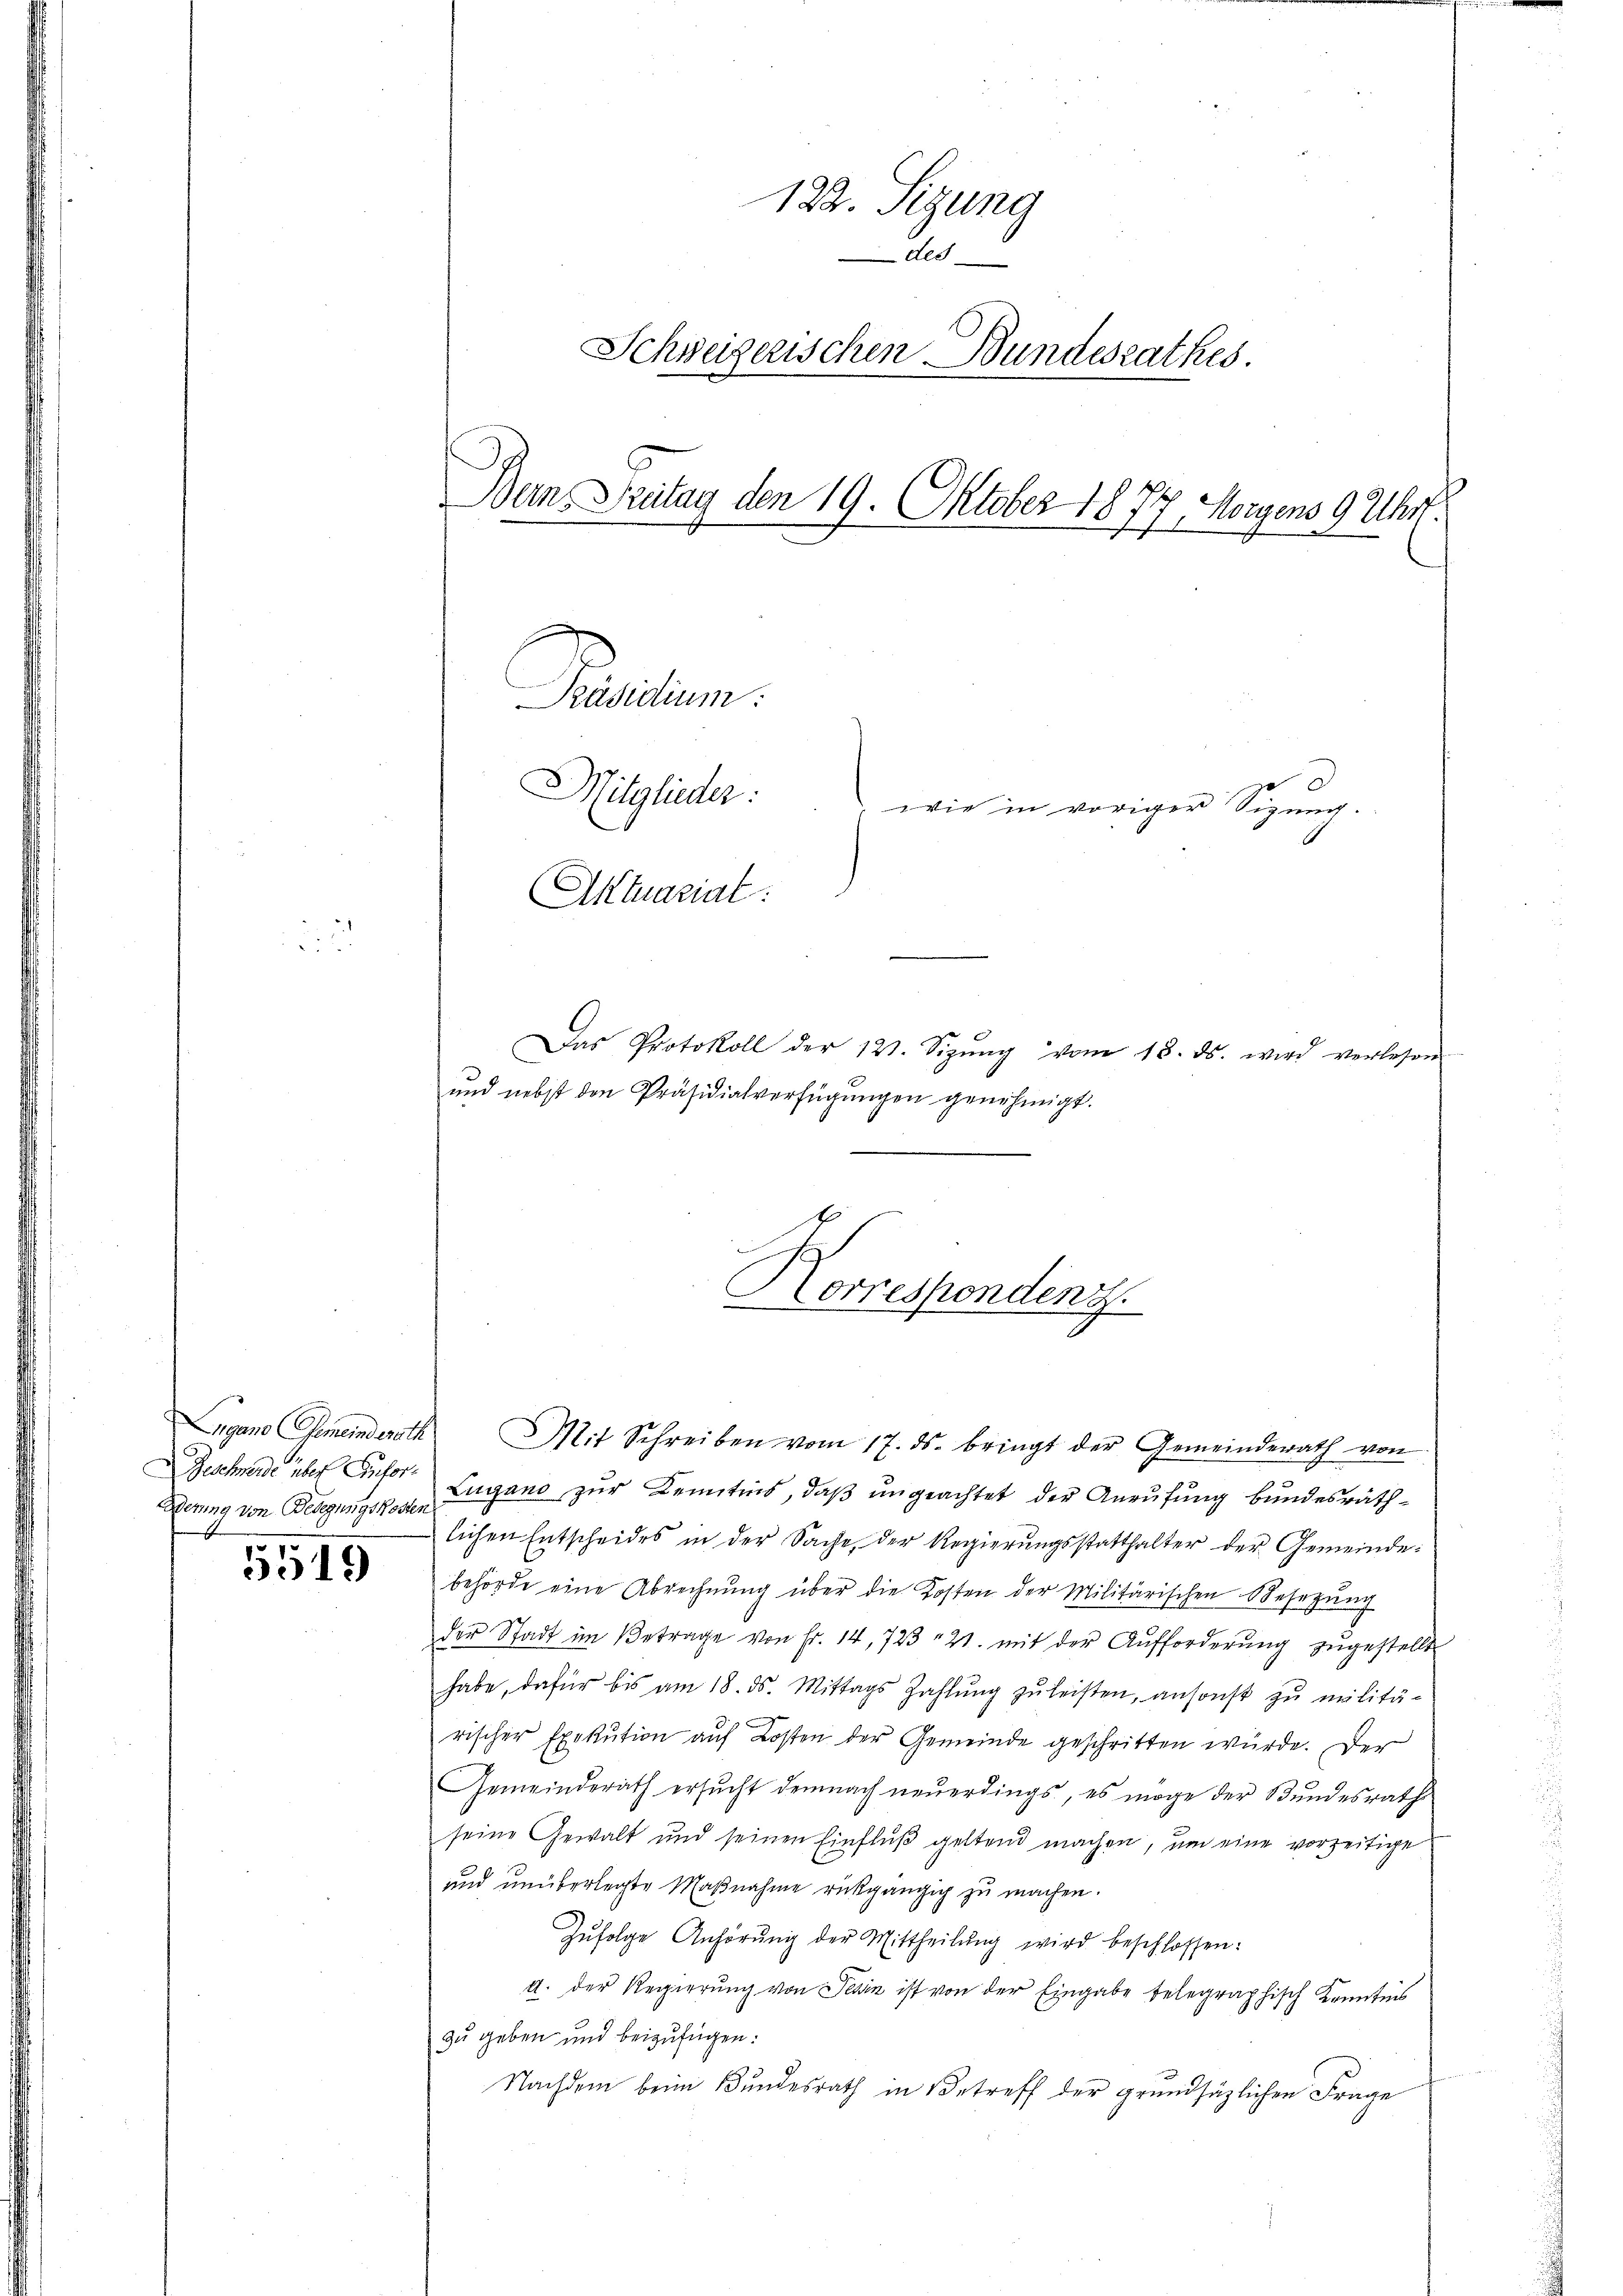
Dering von Bedigungskosten

5519

122. Sigung
dee
Schweizerischen Bundesrathes.
Bern Britag den 19. Oktober 1877 Morgens 9 Uhr.
Panden.
Mitglieder
wie in voriger Sizŭng.
Aktuariat

Das Protokoll der 121. Sizŭng vom 13. ds. wird verlesen
und nebst den Präsidialverfügu
nehmigt.

Lugano Gemeinderath Mit Schreiben vom 17. ds. bringt der Gemeinderath von
Zeschwerde über ihr Lugano zur Kenntnis, daß ungeachtet der Anrufung bundesräthlichen Entscheides in der Sache, der Regierungsstatthalter der Gemeinde:
behörde eine Abrechnung über die Kosten der Militärischen Besetzung
der Stadt im Betrage von Fr. 14,723 " 21. mit der Aŭfforderŭng zŭgestellt
habe, dafür bis am 18. ds. Mittags Zahlŭng zŭ leisten, ansonst zŭ militärischer Exekution auf Kosten der Gemeinde geschritten würde. Der
Gemeinderath ersŭcht demnach neŭerdings, es möge der Bŭndesrath
seine Gewalt und seinen Einflŭβ geltend machen, um eine vorzeitige
und unüberlegte Maßnahme rückgängig zu machen.
Zŭfolge Anhörŭng der Mittheilŭng wird beschlossen:
A. der Regierung von Sein ist von der Eingabe telegraphisch Kenntnis
zu geben und beizufügen:
Nachdem beim Bundesrath in Betreff der grundsätzlichen Frage

Korrespondenz.